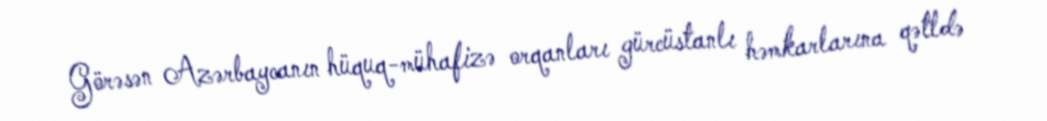
Görəsən Azərbaycanın hüquq-mühafizə orqanları gürcüstanlı həmkarlarına qətldə